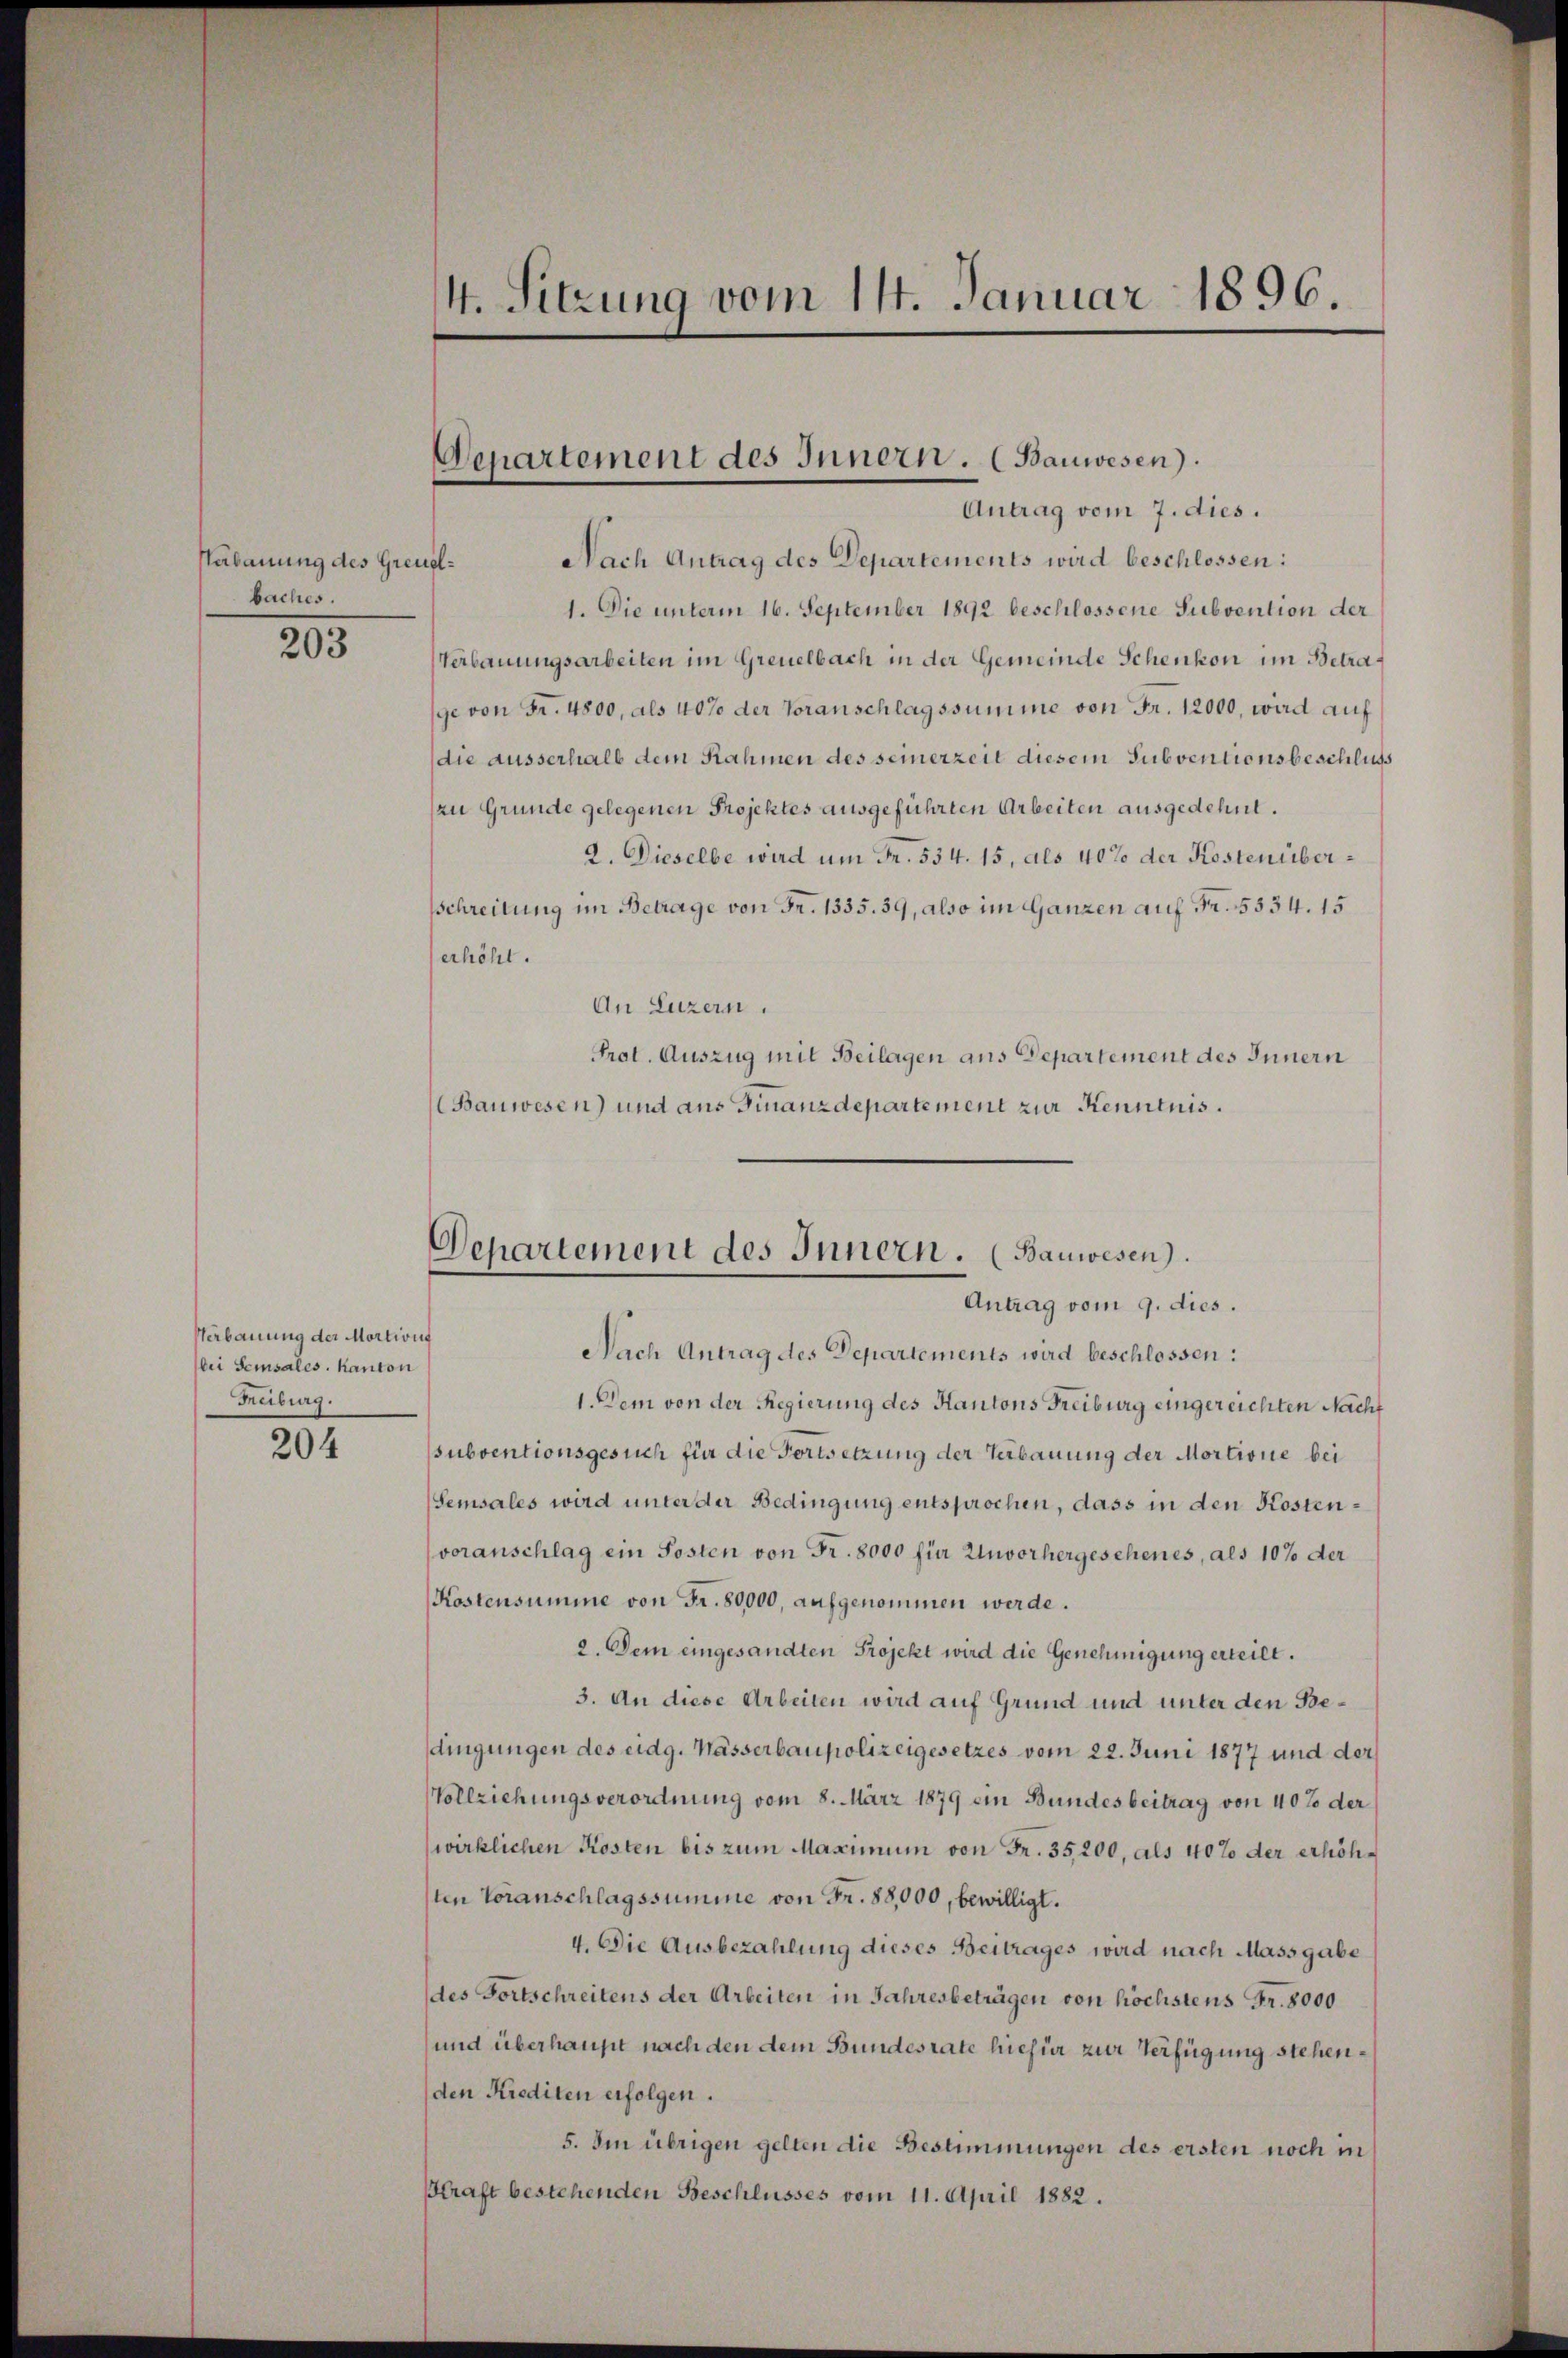
Verbauung des Greudbaches.

203

Verbauung der Mortions
bei Seinsales. Kanton
Freiburg.

204

4. Sitzung vom 14. Januar 1896.

Departement des Innern. (Bauwesen).

Antrag vom 7. dies.
Nach Antrag des Departements wird beschlossen:
1. Die unterm 16. September 1892 beschlossene Subvention der
Verbauungsarbeiten im Greuelbach in der Gemeinde Schenkon im Betrage von Fr. 4800, als 40% der Voranschlagssumme von Fr. 12000, wird auf
die ausserhalb dem Rahmen des seinerzeit diesem Subventionsbeschluß
zu Grunde gelegenen Projektes ausgeführten Arbeiten ausgedehnt.
2. Dieselbe wird um Fr. 534. 15, als 40% der Kostenüber¬
Schreitung im Betrage von Fr. 1335. 39, also im Ganzen auf Fr. 5534. 15
erhöht.
An Luzern.
Prot. Auszug mit Beilagen aus Departement des Innern
Bauwesen) und aus Finanzdepartement zur Kenntnis.
Nach Antrag des Departements wird beschlossen:
1. Dem von der Regierung des Kantons Freiburg eingereichten Nacht
subventionsgesuch für die Fortsetzung der Verbauung der Mortione bei
Semsales wird unter der Bedingung entsprochen, dass in den Kostenvoranschlag ein Posten von Fr. 8000 für Unvorhergeschenes, als 10% der
Kostensumme von Fr. 80,000, aufgenommen werde.
2. Dem eingesandten Projekt wird die Genehmigung erteilt.
3. An diese Arbeiten wird auf Grund und unter den Bedingungen des eidg. Wässerbaupolizeigesetzes vom 22. Juni 1877 und der
Vollziehungsverordnung vom 8. März 1879 ein Bundesbeitrag von 40% der
wirklichen Kosten bis zum Maximum von Fr. 35,200, als 40% der erhöhten Voranschlagssumme von Fr. 88,000, bewilligt.
4. Die Ausbezahlung dieses Beitrages wird nach Massgabe
des Fortschreitens der Arbeiten in Jahresbeträgen von höchstens Fr. 8000
und überhaupt nach den dem Bundesrate hiefür zur Verfügung stehenden Krediten erfolgen.
5. Im übrigen gelten die Bestimmungen des ersten noch in
Kraft bestehenden Beschlusses vom 11. April 1882.

Departement des Innern. (Bauwesen.
Antrag vom 9. dies.